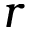
\boldsymbol { r }